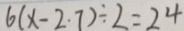
6 ( x - 2 . 7 ) \div 2 = 2 4